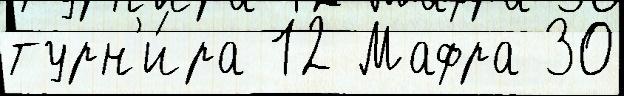
турн'и́ра 12 Мафра 30